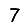
Digit: 7